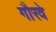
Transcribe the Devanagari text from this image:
गौरवे